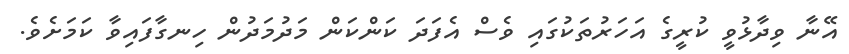
އޭނާ ވިދާޅުވީ ކުރީގެ އަހަރުތަކުގައި ވެސް އެފަދަ ކަންކަން މަދުމަދުން ހިނގާފައިވާ ކަމަށެވެ.